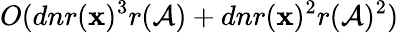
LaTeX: O(dnr(\mathbf{x})^{3}r(\mathcal{A})+dnr(\mathbf{x})^{2}r(\mathcal{A})^{2})